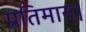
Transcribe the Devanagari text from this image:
प्रतिमान।